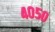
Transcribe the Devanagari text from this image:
४०५०